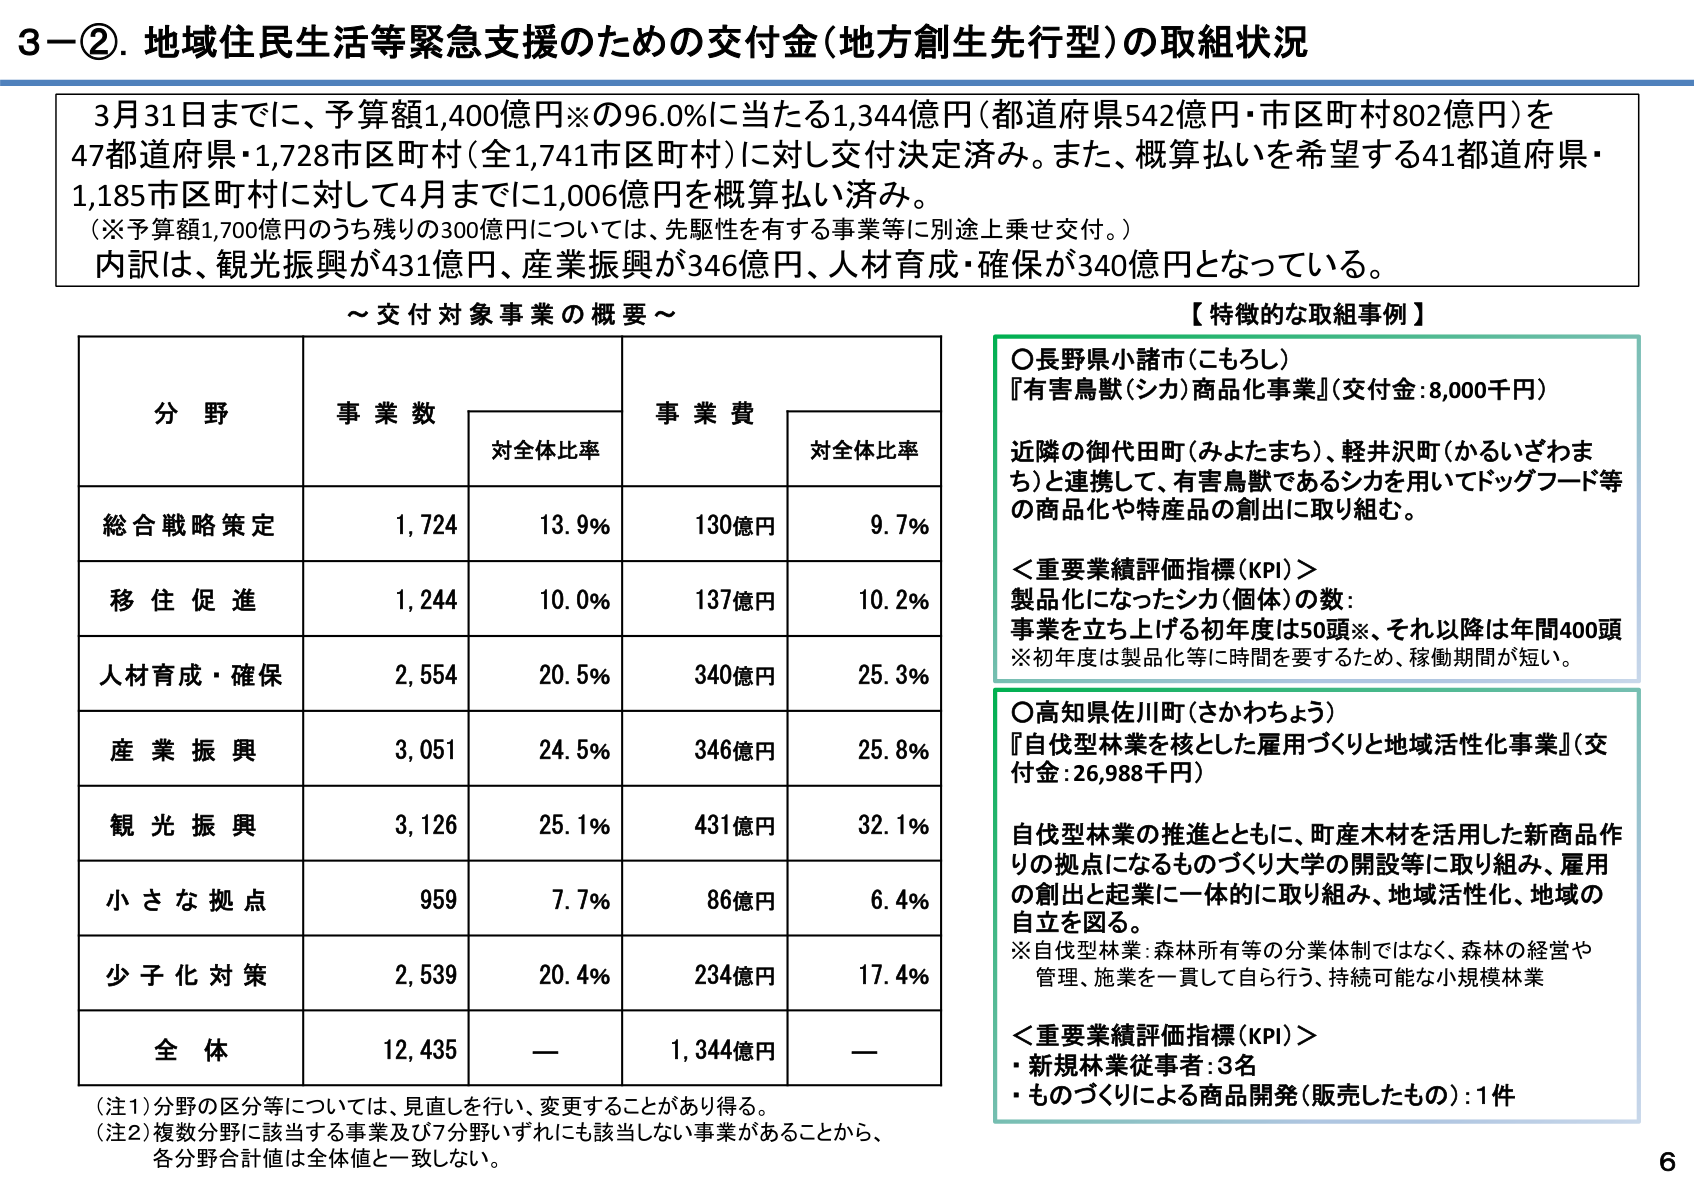
3－②．地域住民生活等緊急支援のための交付金（地方創生先行型）の取組状況

3月31日までに、予算額1,400億円※の96.0％に当たる1,344億円（都道府県542億円・市区町村802億円）を47都道府県・1,728市区町村（全1,741市区町村）に対し交付決定済み。また、概算払いを希望する41都道府県・1,185市区町村に対して4月までに1,006億円を概算払い済み。
（※予算額1,700億円のうち残りの300億円については、先駆性を有する事業等に別途上乗せ交付。）
内訳は、観光振興が431億円、産業振興が346億円、人材育成・確保が340億円となっている。

～交付対象事業の概要～

分野　　　　　　事業数　　　　　　事業費
　　　　　　　　対全体比率　　　　対全体比率

総合戦略策定　　1,724　　　　　　13.9％　　　　130億円　　　　9.7％
移住促進　　　　1,244　　　　　　10.0％　　　　137億円　　　　10.2％
人材育成・確保　2,554　　　　　　20.5％　　　　340億円　　　　25.3％
産業振興　　　　3,051　　　　　　24.5％　　　　346億円　　　　25.8％
観光振興　　　　3,126　　　　　　25.1％　　　　431億円　　　　32.1％
小さな拠点　　　　959　　　　　　7.7％　　　　86億円　　　　6.4％
少子化対策　　　2,539　　　　　　20.4％　　　　234億円　　　　17.4％
全体　　　　　　12,435　　　　　　—　　　　　　1,344億円　　　　—

（注1）分野の区分等については、見直しを行い、変更することがあり得る。
（注2）複数分野に該当する事業及び7分野いずれにも該当しない事業があることから、
各分野合計値は全体値と一致しない。

【特徴的な取組事例】

○長野県小諸市（こもろし）
『有害鳥獣（シカ）商品化事業』（交付金：8,000千円）

近隣の御代田町（みよたまち）、軽井沢町（かるいざわまち）と連携して、有害鳥獣であるシカを用いてドッグフード等の商品化や特産品の創出に取り組む。

＜重要業績評価指標（KPI）＞
製品化になったシカ（個体）の数：
事業を立ち上げる初年度は50頭※、それ以降は年間400頭
※初年度は製品化等に時間を要するため、稼働期間が短い。

○高知県佐川町（さかわちょう）
『自伐型林業を核とした雇用づくりと地域活性化事業』（交付金：26,988千円）

自伐型林業の推進とともに、町産木材を活用した新商品作りの拠点になるものづくり大学の開設等に取り組み、雇用の創出と起業に一体的に取り組み、地域活性化、地域の自立を図る。
※自伐型林業：森林所有等の分業体制ではなく、森林の経営や管理、施業を一貫して自ら行う、持続可能な小規模林業

＜重要業績評価指標（KPI）＞
・新規林業従事者：3名
・ものづくりによる商品開発（販売したもの）：1件

6